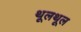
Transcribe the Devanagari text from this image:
थूलथूल